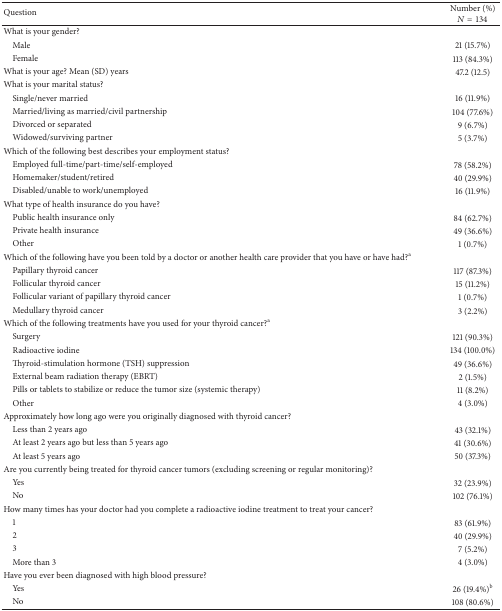
| Question | Number (%)N = 134 |
 | --- | --- |
 | What is your gender? |  |
 | Male | 21 (15.7%) |
 | Female | 113 (84.3%) |
 | What is your age? Mean (SD) years | 47.2 (12.5) |
 | What is your marital status? |  |
 | Single/never married | 16 (11.9%) |
 | Married/living as married/civil partnership | 104 (77.6%) |
 | Divorced or separated | 9 (6.7%) |
 | Widowed/surviving partner | 5 (3.7%) |
 | Which of the following best describes your employment status? |  |
 | Employed full-time/part-time/self-employed | 78 (58.2%) |
 | Homemaker/student/retired | 40 (29.9%) |
 | Disabled/unable to work/unemployed | 16 (11.9%) |
 | What type of health insurance do you have? |  |
 | Public health insurance only | 84 (62.7%) |
 | Private health insurance | 49 (36.6%) |
 | Other | 1 (0.7%) |
 | Which of the following have you been told by a doctor or another health care provider that you have or have had?a |  |
 | Papillary thyroid cancer | 117 (87.3%) |
 | Follicular thyroid cancer | 15 (11.2%) |
 | Follicular variant of papillary thyroid cancer | 1 (0.7%) |
 | Medullary thyroid cancer | 3 (2.2%) |
 | Which of the following treatments have you used for your thyroid cancer?a |  |
 | Surgery | 121 (90.3%) |
 | Radioactive iodine | 134 (100.0%) |
 | Thyroid-stimulation hormone (TSH) suppression | 49 (36.6%) |
 | External beam radiation therapy (EBRT) | 2 (1.5%) |
 | Pills or tablets to stabilize or reduce the tumor size (systemic therapy) | 11 (8.2%) |
 | Other | 4 (3.0%) |
 | Approximately how long ago were you originally diagnosed with thyroid cancer? |  |
 | Less than 2 years ago | 43 (32.1%) |
 | At least 2 years ago but less than 5 years ago | 41 (30.6%) |
 | At least 5 years ago | 50 (37.3%) |
 | Are you currently being treated for thyroid cancer tumors (excluding screening or regular monitoring)? |  |
 | Yes | 32 (23.9%) |
 | No | 102 (76.1%) |
 | How many times has your doctor had you complete a radioactive iodine treatment to treat your cancer? |  |
 | 1 | 83 (61.9%) |
 | 2 | 40 (29.9%) |
 | 3 | 7 (5.2%) |
 | More than 3 | 4 (3.0%) |
 | Have you ever been diagnosed with high blood pressure? |  |
 | Yes | 26 (19.4%)b |
 | No | 108 (80.6%) |